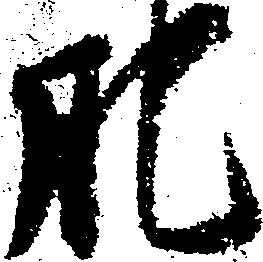
肥